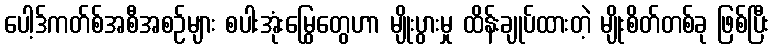
ပေါ့ဒ်ကတ်စ်အစီအစဉ်များ စပါးအုံးမြွေတွေဟာ မျိုးပွားမှု ထိန်းချုပ်ထားတဲ့ မျိုးစိတ်တစ်ခု ဖြစ်ပြီး